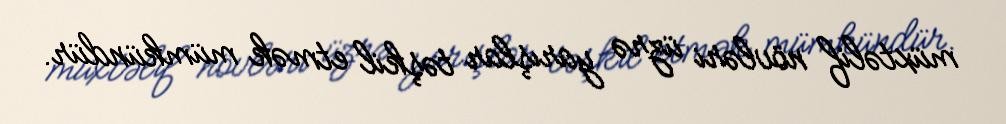
müxtəlif növləri üzrə yarışlar təşkil etmək mümkündür.